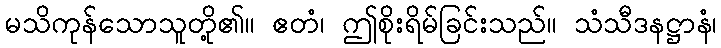
မသိကုန်သောသူတို့၏။ ဧတံ၊ ဤစိုးရိမ်ခြင်းသည်။ သံသီဒနဋ္ဌာနံ၊